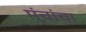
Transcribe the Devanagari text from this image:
मंचांचा